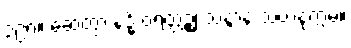
၃၉၈။ ဆေတွာ နဒ္ဓိံ ဝရတ္တဉ္စ၊ သန္ဒာနံ သဟနုက္ကမံ။